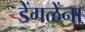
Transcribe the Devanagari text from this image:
डेंगळेंना